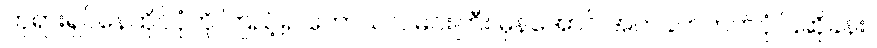
ဘုရားရှင်နေထိုင်ပုံကို ကြည့်၍ ကောသလမင်းကြီး မှန်အောင် အကဲခတ်တတ်ပုံ ပြဆိုခန်း။